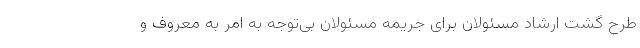
طرح گشت ارشاد مسئولان برای جریمه مسئولان بی‌توجه به امر به معروف و